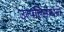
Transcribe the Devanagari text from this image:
उत्पत्तिसाधनों